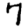
Digit: 7